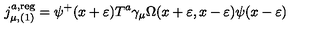
j _ { \mu , ( 1 ) } ^ { a , \mathrm { r e g } } = \psi ^ { + } ( x + \varepsilon ) T ^ { a } \gamma _ { \mu } \Omega ( x + \varepsilon , x - \varepsilon ) \psi ( x - \varepsilon )